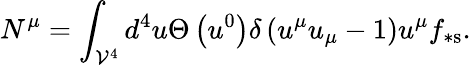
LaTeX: N^{\mu}=\int_{\mathcal{V}^{4}}d^{4}u\Theta\left(u^{0}\right)\delta\left(u^{\mu}u_{\mu}-1\right)u^{\mu}f_{\ast\mathrm{s}}.